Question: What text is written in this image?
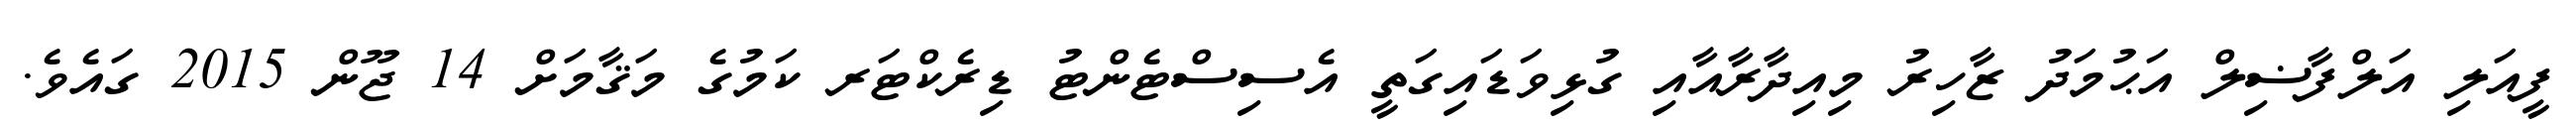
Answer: ފީއަލި އަލްފާޟިލް އަޙުމަދު ޒާހިރު މިއިދާރާއާއި ގުޅިވަޑައިގަތީ އެސިސްޓެންޓު ޑިރެކްޓަރ ކަމުގެ މަޤާމަށް 14 ޖޫން 2015 ގައެވެ.